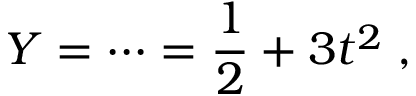
Y = \cdots = { \frac { 1 } { 2 } } + 3 t ^ { 2 } \; ,